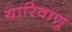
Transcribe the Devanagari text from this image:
यारिवाणु